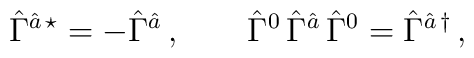
\hat{\Gamma}{}^{\hat{a}\, \star} = -\hat{\Gamma}{}^{\hat{a}} \,, \qquad  \hat{\Gamma}{}^{0}\, \hat{\Gamma}{}^{\hat{a}}\,  \hat{\Gamma}{}^{0}  =\hat{\Gamma}{}^{\hat{a}\, \dagger}\, ,